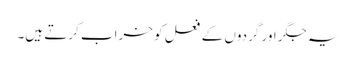
یہ جگر اور گردوں کے فعل کو خراب کرتے ہیں۔